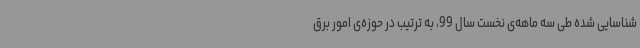
شناسایی شده طی سه ماهه‌ی نخست سال 99، به ترتیب در حوزه‌ی امور برق